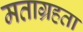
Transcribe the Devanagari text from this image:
मताग्रहता